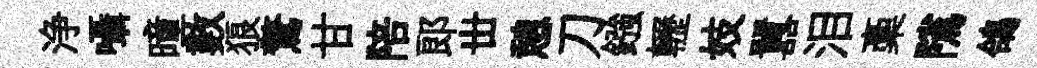
浄囁曈數狼驚甘陪郞丗憩刀鏹轣妓囂泪稾隲鴿